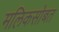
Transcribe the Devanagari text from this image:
मलिकसोबत